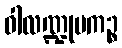
ဝါလဏ္ဍုပကဉ္စ